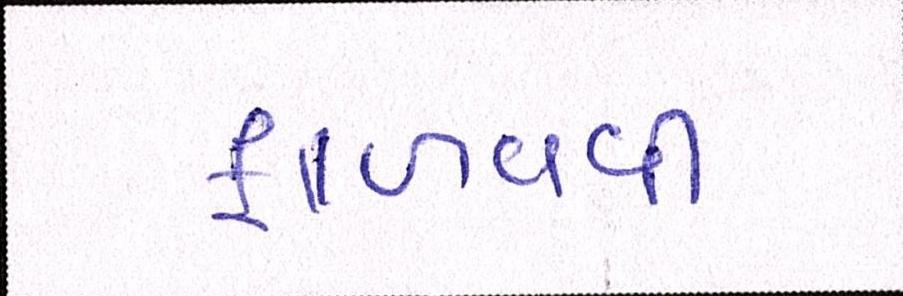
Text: ફાળવવી